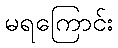
မရကြောင်း